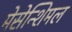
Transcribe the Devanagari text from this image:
मेसेन्शिमल